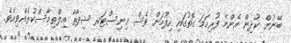
ބޭނުން ކުދިން އެންމެ ފުރިހަމަ ގޮތުގައި ހިފުމަށް ވެސް މިނިސްޓަރ ޝިދާތާ އިލްތިމާސްކުރެއްވިއެވެ.